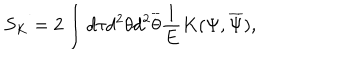
S _ { K } = 2 \int d \tau d ^ { 2 } \theta d ^ { 2 } \overline { { { \theta } } } \frac { 1 } { E } K ( \Psi , \overline { { { \Psi } } } ) ,